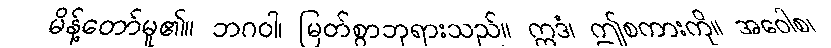
မိန့်တော်မူ၏။ ဘဂဝါ၊ မြတ်စွာဘုရားသည်။ ဣဒံ၊ ဤစကားကို။ အဝေါစ၊